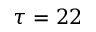
\tau = 2 2